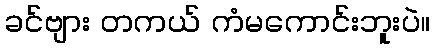
ခင်ဗျား တကယ် ကံမကောင်းဘူးပဲ။